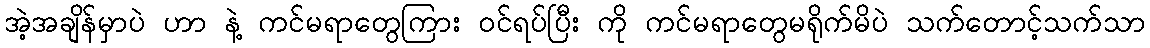
အဲ့အချိန်မှာပဲ ဟာ နဲ့ ကင်မရာတွေကြား ဝင်ရပ်ပြီး ကို ကင်မရာတွေမရိုက်မိပဲ သက်တောင့်သက်သာ